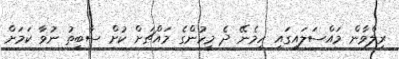
ރިލްވާން މައްސަލައިގައި ހިމެނޭ ދެ މީހުންގެ މައްޗަށް ކުށް ސާބިތު ނުވާ ކަމަށް